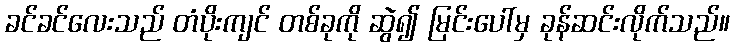
ခင်ခင်လေးသည် တံပိုးကျင် တစ်ခုကို ဆွဲ၍ မြင်းပေါ်မှ ခုန်ဆင်းလိုက်သည်။